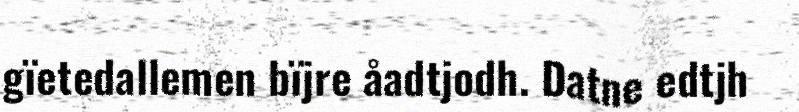
gïetedallemen bïjre åadtjodh. Datne edtjh